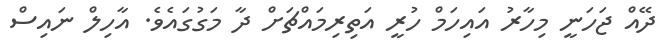
ދޭއް ޖަހަނީ މިހާރު އައިހަމް ހުރީ އަތިރިމައްޗަށް ދާ މަގުގައެވެ. އާހިލް ނައިސް